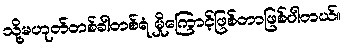
သို့မဟုတ်တစ်ခါတစ်ရံ မှိုကြောင့်ဖြစ်တာဖြစ်ပါတယ်။